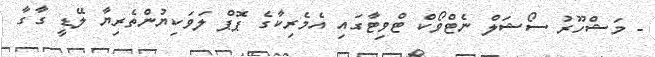
- މަޝްހޫރު ސޯޝަލް ނެޓްވޯކް ޓްވިޓާގައި އެމެރިކާގެ ޕޮޕް ލަވަކިޔުންތެރިޔާ ލޭޑީ ގާގާ